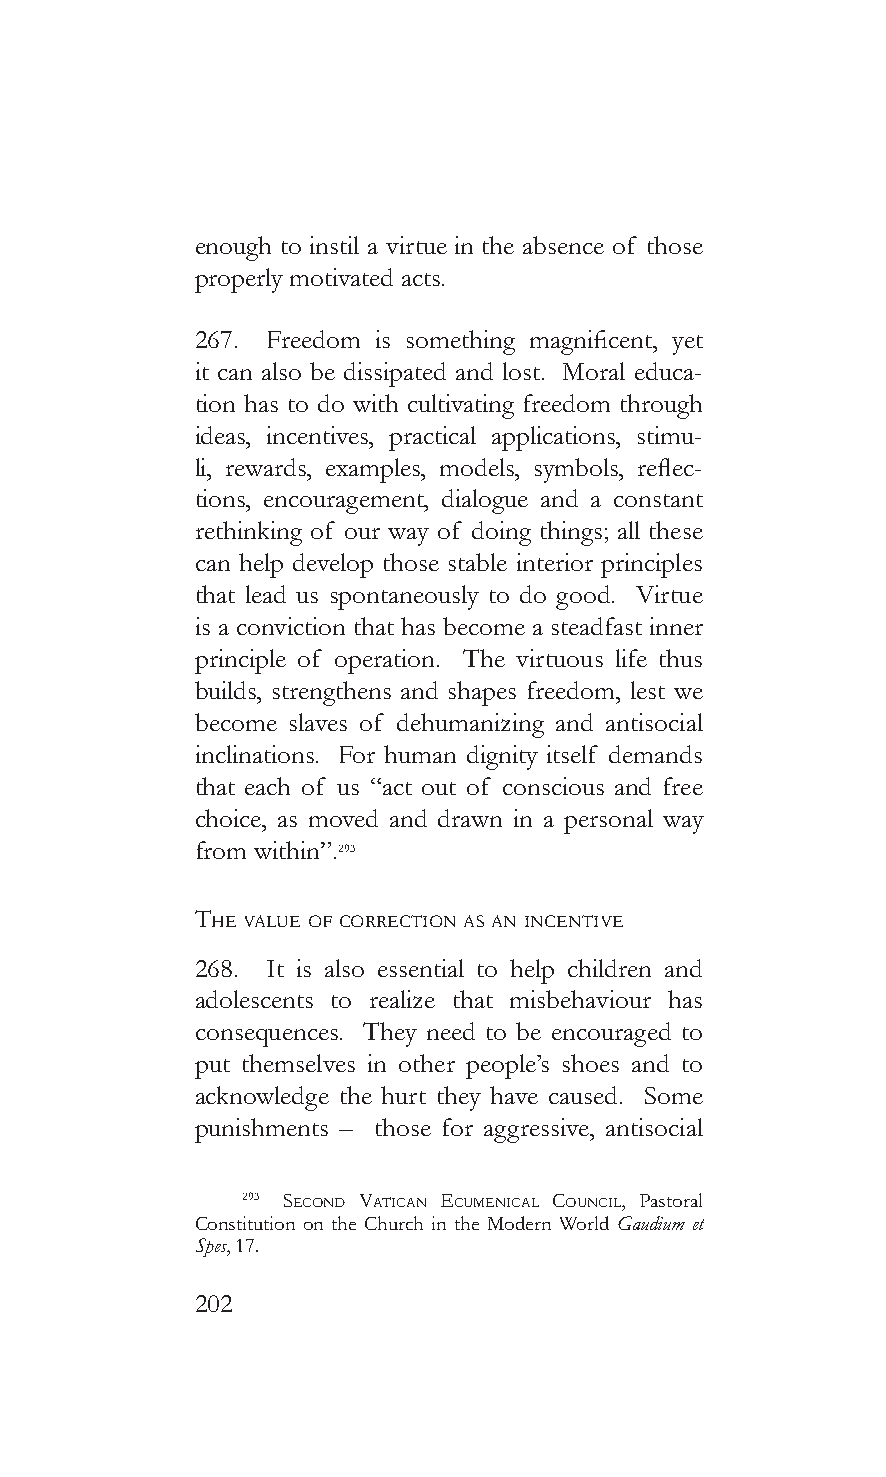
enough to instil a virtue in the absence of those
 properly motivated acts.
 267. Freedom is something magnificent, yet
 it can also be dissipated and lost. Moral educa-
 tion has to do with cultivating freedom through
 ideas, incentives, practical applications, stimu-
 li, rewards, examples, models, symbols, reflec-
 tions, encouragement, dialogue and a constant
 rethinking of our way of doing things; all these
 can help develop those stable interior principles
 that lead us spontaneously to do good. Virtue
 is a conviction that has become a steadfast inner
 principle of operation. The virtuous life thus
 builds, strengthens and shapes freedom, lest we
 become slaves of dehumanizing and antisocial
 inclinations. For human dignity itself demands
 that each of us “act out of conscious and free
 choice, as moved and drawn in a personal way
 from within”.293
 The vaLue of correcTion as an incenTive
 268. It is also essential to help children and
 adolescents to realize that misbehaviour has
 consequences. They need to be encouraged to
 put themselves in other people’s shoes and to
 acknowledge the hurt they have caused. Some
 punishments – those for aggressive, antisocial
 293 second vaTican ecumenicaL counciL, Pastoral
 Constitution on the Church in the Modern World Gaudium et
 Spes, 17.
 202